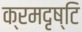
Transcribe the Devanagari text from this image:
क्रमदृष्टि